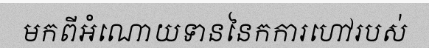
មកពីអំណោយទាននៃកការហៅរបស់